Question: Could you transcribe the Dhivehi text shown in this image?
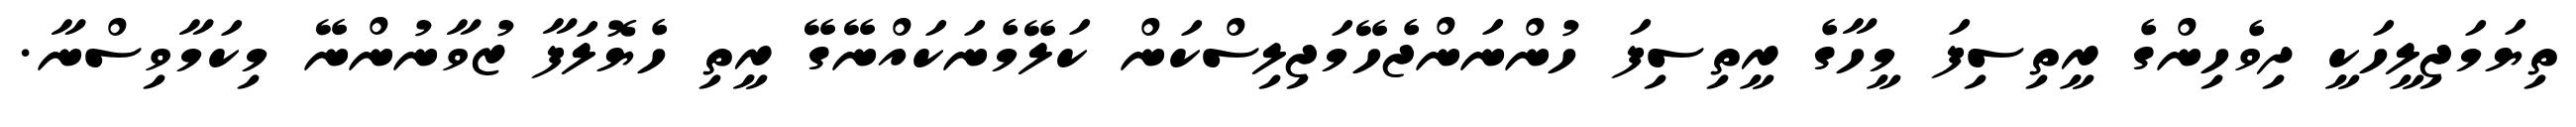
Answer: ތިޔަމަޖިލީހަކީ ދިވެހިންގެ ރީތިސިފަ މީހާގެ ރީތިސިފަ ހުންނަންޖެހޭމަޖިލިސްކަން ކަލޭމެނަކައްނޭގޭ ރީތި ހެޔޮލަފާ ޒުވާނުންނޭ މިކަމާވިސްނާ.